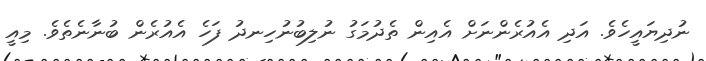
ނުދިޔައީހެވެ. އަދި އެއުރެންނަށް އެއިން ތެދުމަގު ނުލިބުނުހިނދު ފަހެ އެއުރެން ބުނާނެތެވެ. މިއީ